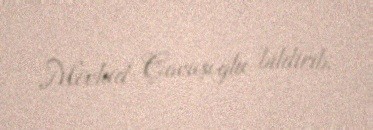
Mövlud Çavuşoğlu bildirib.